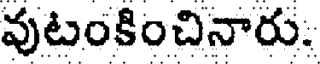
వుటంకించినారు.